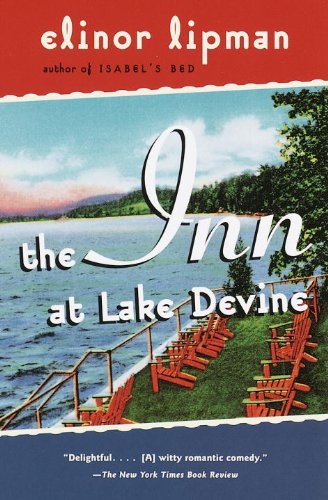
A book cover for The Inn at Lake Devine; Elinor Lipman; Literature & Fiction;